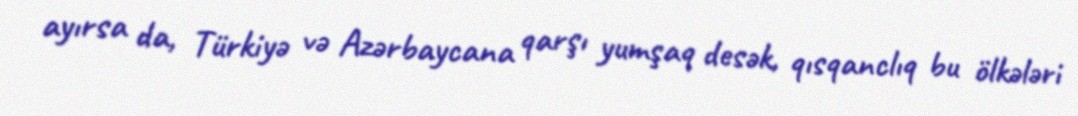
ayırsa da, Türkiyə və Azərbaycana qarşı yumşaq desək, qısqanclıq bu ölkələri